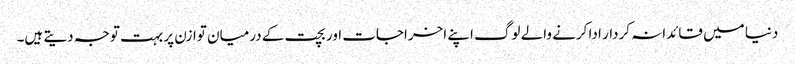
دنیا میں قائدانہ کردار ادا کرنے والے لوگ اپنے اخراجات اور بچت کے درمیان توازن پر بہت توجہ دیتے ہیں۔